Annual report on the mental hospital in the Central Provinces and Berar (Nagpur) - 1927-1951
Year: 1927
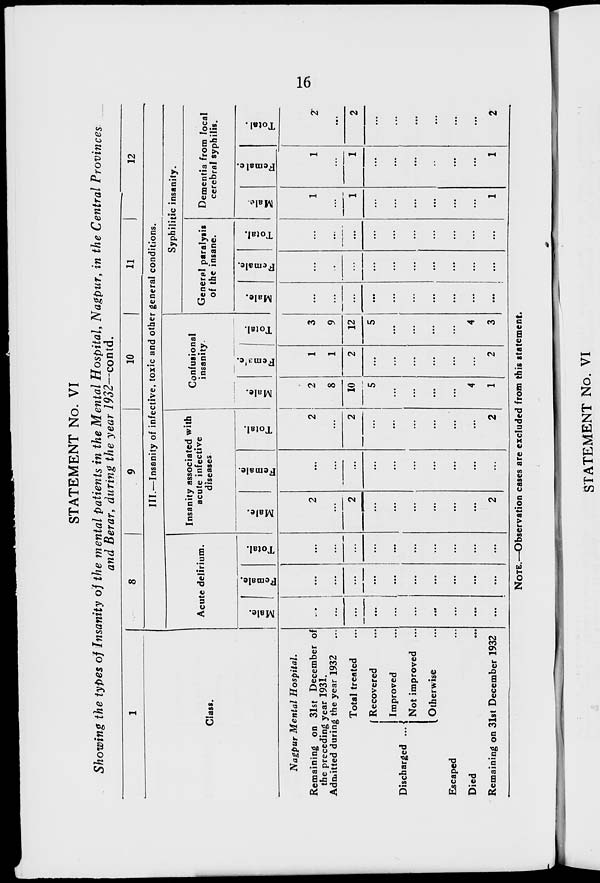
16
STATEMENT No. VI
Showing the types of Insanity of the mental patients in the Mental Hospital, Nagpur, in the Central Provinces
and Berar, during the year 1932—contd.
1
Class.
Nagpur Mental Hospital.
Remaining on 31st December of
the preceding year 1931.
Admitted during the year 1932 ...
Total treated ...
Discharged ...
Recovered ...
Improved ...
Not improved ...
Otherwise ...
Escaped ...
Died ...
Remaining on 31st December 1932
8
9
10
11
12
III.—Insanity of infective, toxic and other general conditions.
Acute delirium.
Male.
...
...
...
...
...
...
...
...
...
...
Female.
...
...
...
...
...
...
...
...
...
...
Total.
...
...
...
...
...
...
...
...
...
...
Insanity associated with
acute infective
diseases
Male.
2
...
2
...
...
...
...
...
...
2
Female.
...
...
...
...
...
...
...
...
...
...
Total.
2
...
2
...
...
...
...
...
...
2
Confusional
insanity.
Male.
2
8
10
5
...
...
...
...
4
1
Female.
1
1
2
...
...
...
...
...
...
2
Total.
3
9
12
5
...
...
...
...
4
3
Syphilitic insanity.
General paralysis
of the insane.
Male.
...
...
...
...
...
...
...
...
...
...
Female.
...
...
...
...
...
...
...
...
...
...
Total
...
...
...
...
...
...
...
...
...
...
Dementia from local
cerebral syphilis.
Male.
1
...
1
...
...
...
...
...
...
1
Female.
1
...
1
...
...
...
...
...
...
1
Total.
2
...
2
...
...
...
...
...
...
2
NOTE.—Observation cases are excluded from this statement.